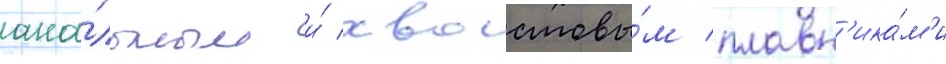
ана́льным и́ хвостовы́м плавн'ика́м'и